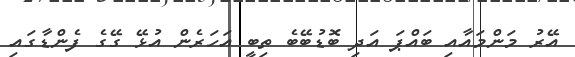
އޭރު މަންމައާއި ބައްޕަ އަދި ބޮޑުބޭބެ ތިބީ އަހަރެން އުޅޭ ގޭގެ ފެންޑާގައި